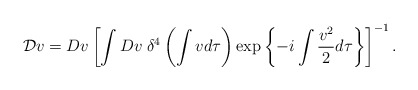
\begin{align*}{\cal D}v=Dv\left[\int Dv\; \delta^4\left(\int v d\tau\right) \exp\left\{-i\int \frac{v^2}{2}d\tau\right\}\right]^{-1}.\end{align*}